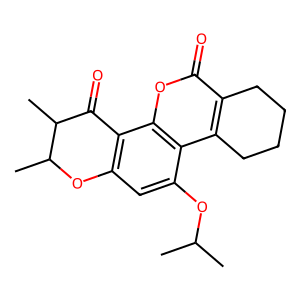
SMILES: CC(C)Oc1cc2c(c3oc(=O)c4c(c13)CCCC4)C(=O)C(C)C(C)O2
Inhibits HIV replication: No